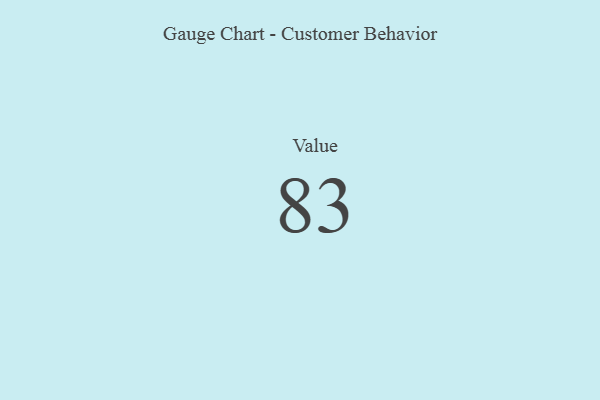
{"axis": {"x": "Metric", "y": "Value"}, "legend": [""], "data": [{"x": "Value", "y": 83, "type": ""}]}